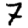
Digit: 7